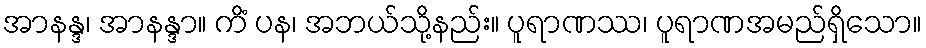
အာနန္ဒ၊ အာနန္ဒာ။ ကိံ ပန၊ အဘယ်သို့နည်း။ ပူရာဏဿ၊ ပူရာဏအမည်ရှိသော။